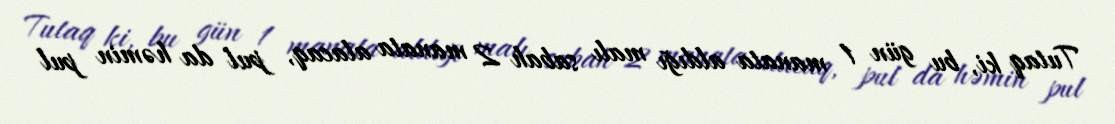
Tutaq ki, bu gün 1 manata aldığı malı sabah 2 manata alacaq, pul da həmin pul